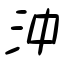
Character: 沖